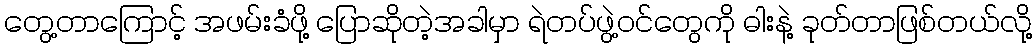
တွေ့တာကြောင့် အဖမ်းခံဖို့ ပြောဆိုတဲ့အခါမှာ ရဲတပ်ဖွဲ့ဝင်တွေကို ဓါးနဲ့ ခုတ်တာဖြစ်တယ်လို့